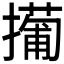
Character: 𫾎